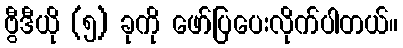
ဗွီဒီယို (၅) ခုကို ဖော်ပြပေးလိုက်ပါတယ်။